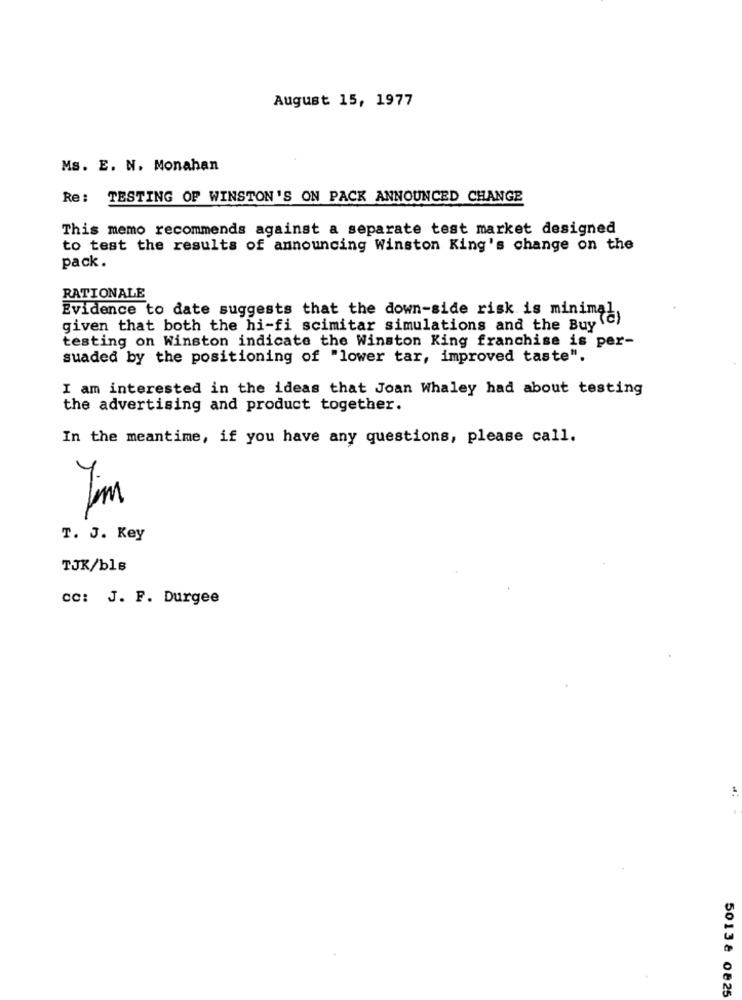
August 15, 1977
Ms. E. N. Monahan
Re: TESTING OF WINSTON'S ON PACK ANNOUNCED CHANGE
This memo recommends against a separate test market designed
to test the results of announcing Winston King's change on the
pack.
RATIONALE
Evidence to date suggests that the down-side risk is minimal,
given that both the hi-fi scimitar simulations and the Buy
testing on Winston indicate the Winston King franchise is per-
suaded by the positioning of "lower tar, improved taste".
I am interested in the ideas that Joan Whaley had about testing
the advertising and product together.
In the meantime, if you have any questions, please call.
Jim
T. J. Key
TJK/bls
CC: J. P. Durgee
50138 0825